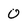
Character: 0